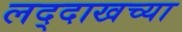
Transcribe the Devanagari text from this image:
लद्दाखच्या